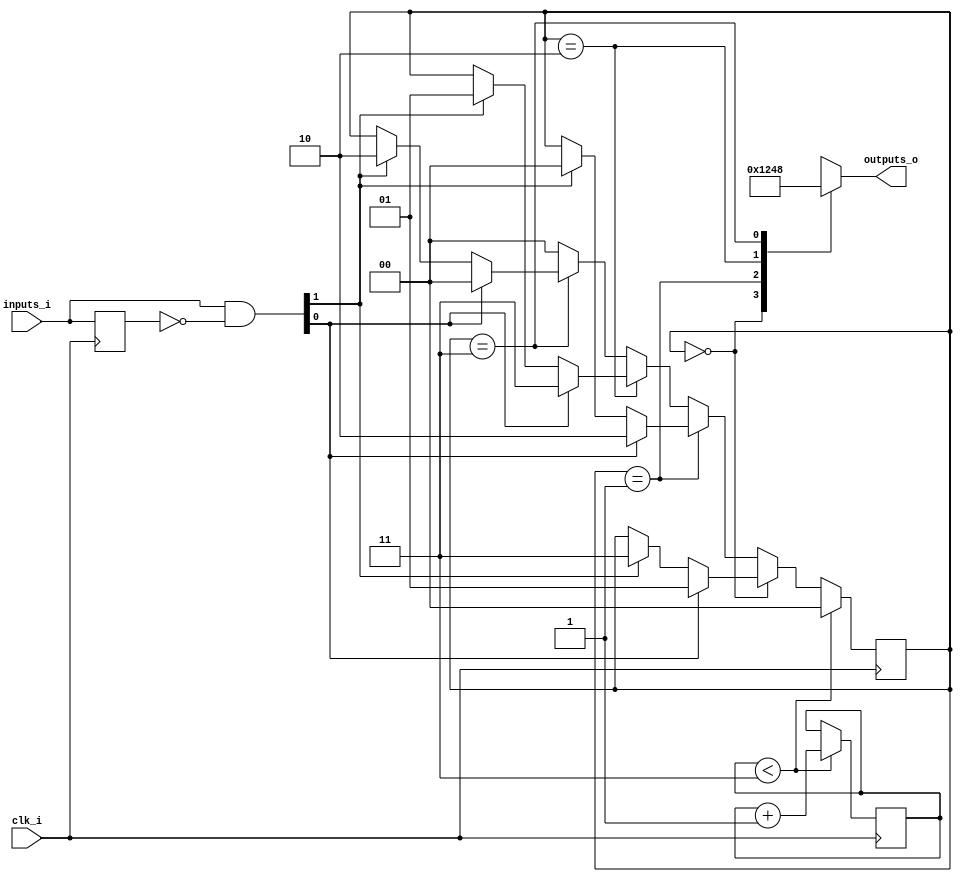
// Generated by MyHDL 0.11


`timescale 1ns/10ps

module classic_fsm (
    clk_i,
    inputs_i,
    outputs_o
);


input clk_i;
input [1:0] inputs_i;
output [3:0] outputs_o;
reg [3:0] outputs_o;

reg [1:0] fsm_state;
reg [1:0] reset_cnt;
reg [1:0] prev_inputs;
wire [1:0] input_chgs;




assign input_chgs = (inputs_i & (~prev_inputs));


always @(posedge clk_i) begin: CLASSIC_FSM_LOC_INSTS_CHUNK_INSTS_1
    if (($signed({1'b0, reset_cnt}) < (4 - 1))) begin
        reset_cnt <= (reset_cnt + 1);
        fsm_state <= 2'b00;
    end
    else if ((fsm_state == 2'b00)) begin
        if (input_chgs[0]) begin
            fsm_state <= 2'b01;
        end
        else if (input_chgs[1]) begin
            fsm_state <= 2'b11;
        end
    end
    else if ((fsm_state == 2'b01)) begin
        if (input_chgs[0]) begin
            fsm_state <= 2'b10;
        end
        else if (input_chgs[1]) begin
            fsm_state <= 2'b00;
        end
    end
    else if ((fsm_state == 2'b10)) begin
        if (input_chgs[0]) begin
            fsm_state <= 2'b11;
        end
        else if (input_chgs[1]) begin
            fsm_state <= 2'b01;
        end
    end
    else if ((fsm_state == 2'b11)) begin
        if (input_chgs[0]) begin
            fsm_state <= 2'b00;
        end
        else if (input_chgs[1]) begin
            fsm_state <= 2'b10;
        end
    end
    else begin
        fsm_state <= 2'b00;
    end
    prev_inputs <= inputs_i;
end


always @(fsm_state) begin: CLASSIC_FSM_LOC_INSTS_CHUNK_INSTS_K_C
    case (fsm_state)
        2'b00: begin
            outputs_o = 1;
        end
        2'b01: begin
            outputs_o = 2;
        end
        2'b10: begin
            outputs_o = 4;
        end
        2'b11: begin
            outputs_o = 8;
        end
        default: begin
            outputs_o = 15;
        end
    endcase
end

endmodule